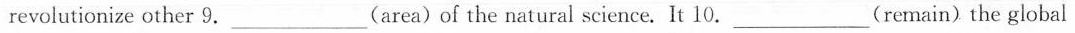
revolutionize other 9.___ (area) of the natural science. It 10.___ (remain) the global